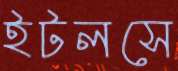
ইটলসে